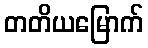
တတိယမြောက်